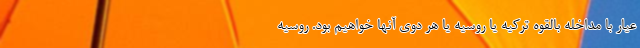
عیار با مداخله بالقوه ترکیه یا روسیه یا هر دوی آنها خواهیم بود. روسیه